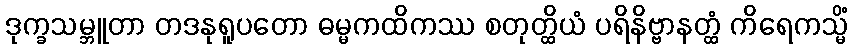
ဒုက္ခသမ္ဘူတာ တဒနုရူပတော ဓမ္မကထိကဿ စတုတ္ထိယံ ပရိနိဗ္ဗာနတ္ထံ ကိရေကသ္မိံ